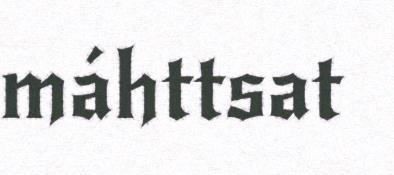
máhttsat